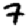
Digit: 7